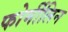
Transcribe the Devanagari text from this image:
फोर्मीलिन